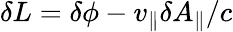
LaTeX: \begin{array}{r}{\delta L=\delta\phi-v_{\parallel}\delta A_{\parallel}/c}\end{array}